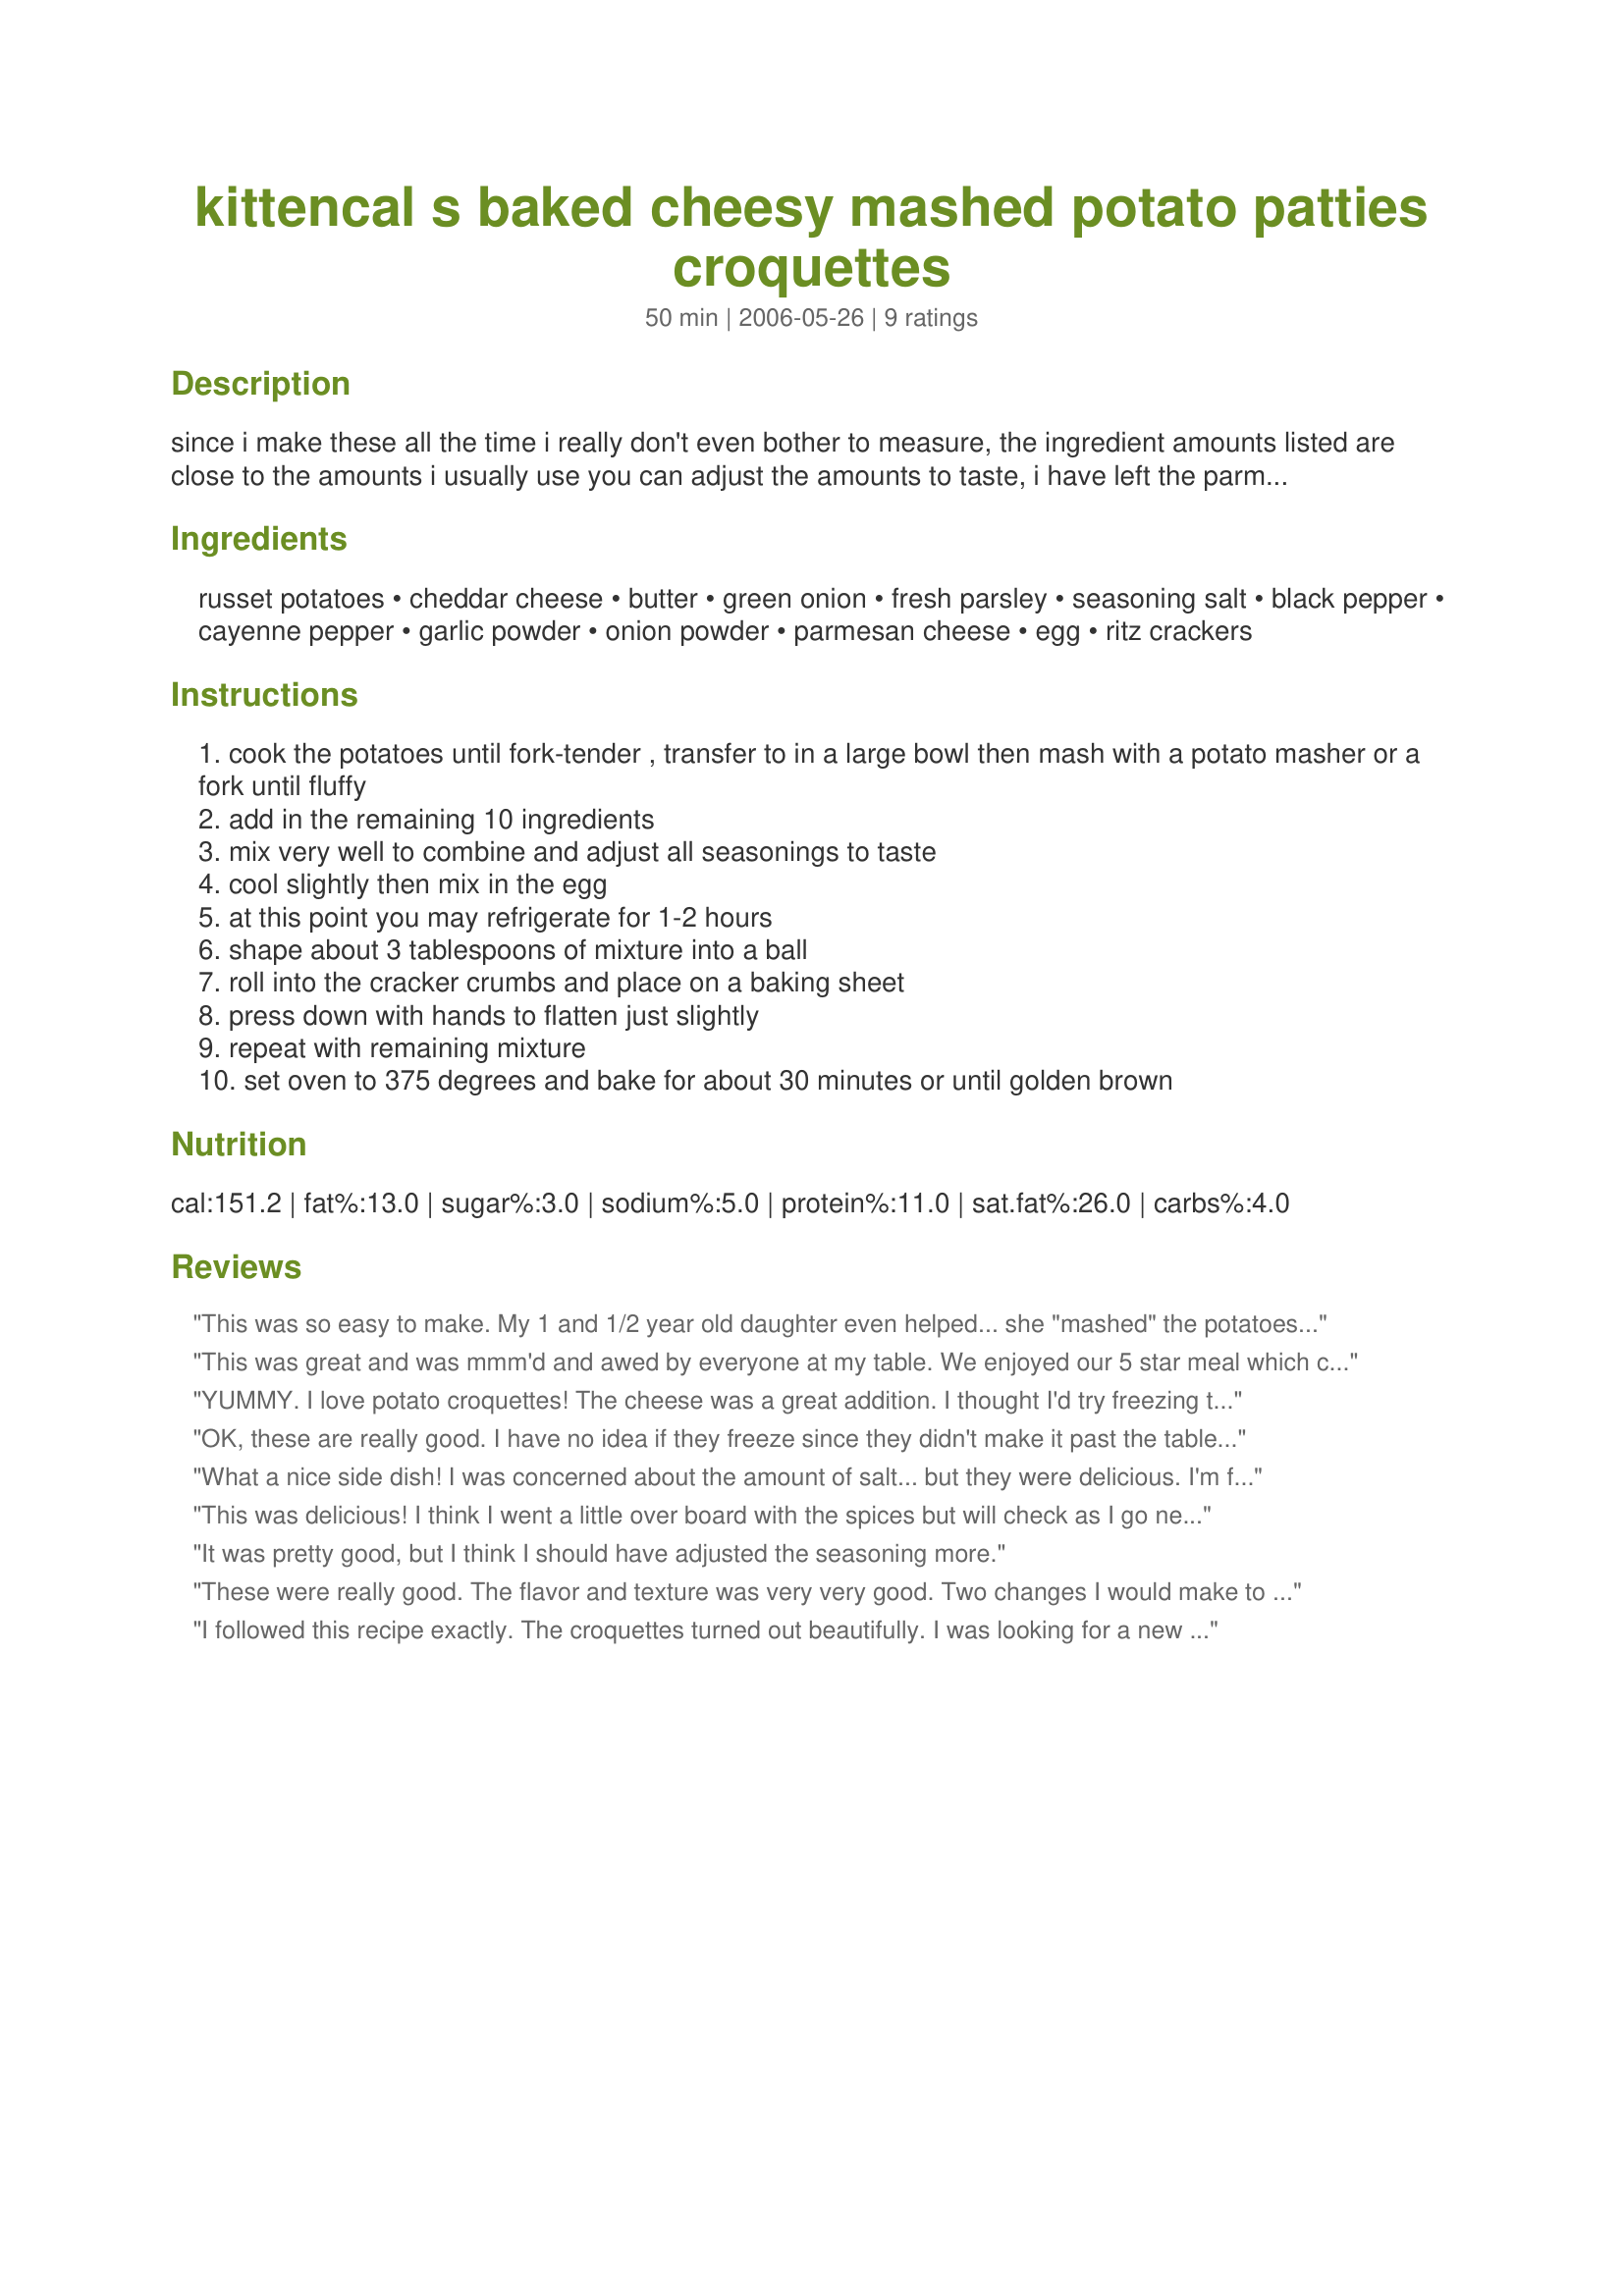
kittencal s baked cheesy mashed potato patties croquettes
Preparation time: 50 minutes

since i make these all the time i really don't even bother to measure, the ingredient amounts listed are close to the amounts i usually use you can adjust the amounts to taste, i have left the parmesan as optional i like to add it in --- for the best texture the potatoes must be russet and they should be oven-baked --- i have use panko in place of the butter crackers but i think the crackers give a better taste --- yield is only estimated depending on the size you make the croquettes --- you may make the mashed potato mixture up to 24 hours in advance and refrigerate until ready to roll and bake ----- you will love these!

Ingredients:
russet potatoes, cheddar cheese, butter, green onion, fresh parsley, seasoning salt, black pepper, cayenne pepper, garlic powder, onion powder, parmesan cheese, egg, ritz crackers

Steps:
cook the potatoes until fork-tender , transfer to in a large bowl then mash with a potato masher or a fork until fluffy
add in the remaining 10 ingredients
mix very well to combine and adjust all seasonings to taste
cool slightly then mix in the egg
at this point you may refrigerate for 1-2 hours
shape about 3 tablespoons of mixture into a ball
roll into the cracker crumbs and place on a baking sheet
press down with hands to flatten just slightly
repeat with remaining mixture
set oven to 375 degrees and bake for about 30 minutes or until golden brown

Reviews:
This was so easy to make. My 1 and 1/2 year old daughter even helped... she "mashed" the potatoes for me and added the spices. 
Everyone in the family loved it. Great recipe!
This was great and was mmm'd and awed by everyone at my table. We enjoyed our 5 star meal which consisted of your Kittencal's Famous Coleslaw , and your Buttermilk Fried Boneless Chicken Breast. I called it a "KITTENCAL Night". Thanks Kitten!
YUMMY. I love potato croquettes! The cheese was a great addition. I thought I'd try freezing the leftovers, but there weren't any!

After baking the potatoes, I used a potato ricer to get a nice even consistency.
OK, these are really good. I have no idea if they freeze since they didn't make it past the table. Thanks
What a nice side dish! I was concerned about the amount of salt... but they were delicious. I'm freezing the leftovers to see how they'll be reheated. Thanks Kit for another great recipe.

This was delicious! I think I went a little over board with the spices but will check as I go next time. Will keep this ine! Thanks KITTENCAL
It was pretty good, but I think I should have adjusted the seasoning more.
These were really good. The flavor and texture was very very good. Two changes I would make to the recipe. I would lower the amount of seasoning salt to 1 tsp or maybe 1 1/2 tsp and up the baking temp to 400 or 425 to really give the outside a golden brown and a little crunch. Outside of that, this will become a keeper! Thanks for the recipe.
I followed this recipe exactly. The croquettes turned out beautifully. I was looking for a new way to serve potatoes. 
I would serve this again.
